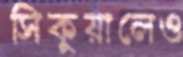
সিকুয়ালেও